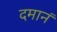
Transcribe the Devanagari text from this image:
दमानं